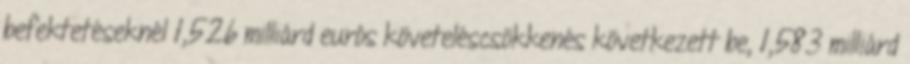
befektetéseknél 1,526 milliárd eurós követeléscsökkenés következett be, 1,583 milliárd